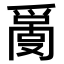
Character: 𤔬